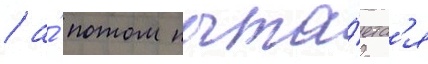
/ а́ потом пыта́етс'я